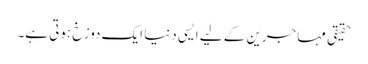
حقیقی مہاجرین کے لیے ایسی دنیا ایک دوزخ ہوتی ہے۔